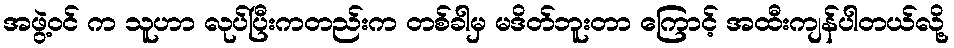
အဖွဲ့ဝင် က သူဟာ လုပ်ပြီးကတည်းက တစ်ခါမှ မဒိတ်ဘူးတာ ကြောင့် အထီးကျန်ပါတယ်လို့